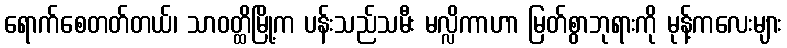
ရောက်စေတတ်တယ်၊ သာဝတ္ထိမြို့က ပန်းသည်သမီး မလ္လိကာဟာ မြတ်စွာဘုရားကို မုန့်ကလေးများ